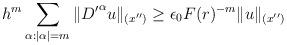
LaTeX: \begin{align*}h^m\sum_{\alpha :|\alpha |=m}\|{D'} ^\alpha u\|_{(x'')}\ge\epsilon_0 F(r)^{-m}\|u\|_{(x'')}\end{align*}